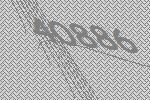
40886